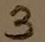
Text: 3